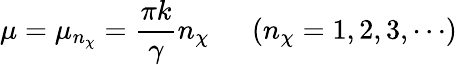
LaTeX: \mu=\mu_{n_{\chi}}=\frac{\pi k}{\gamma}n_{\chi}~~~~~~(n_{\chi}=1,2,3,\cdots)